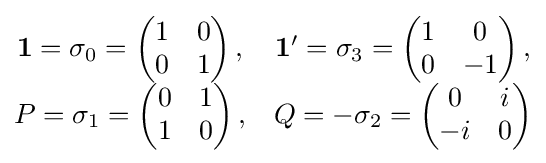
{\begin{matrix}{\mathbf {1} }=\sigma _{0}=\left({\begin{matrix}1&0\\0&1\end{matrix}}\right),&{\mathbf {1} }'=\sigma _{3}=\left({\begin{matrix}1&0\\0&-1\end{matrix}}\right),\\P=\sigma _{1}=\left({\begin{matrix}0&1\\1&0\end{matrix}}\right),&Q=-\sigma _{2}=\left({\begin{matrix}0&i\\-i&0\end{matrix}}\right)\end{matrix}}